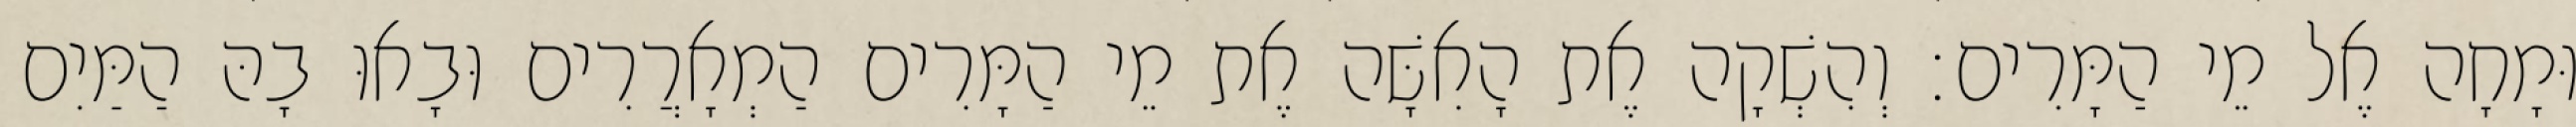
וּמָחָה אֶל מֵי הַמָּרִים׃ וְהִשְׁקָה אֶת הָאִשָּׁה אֶת מֵי הַמָּרִים הַמְאָרֲרִים וּבָאוּ בָהּ הַמַּיִם